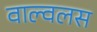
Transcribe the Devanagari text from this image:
वाल्वलस